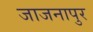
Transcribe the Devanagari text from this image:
जाजनापुर